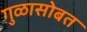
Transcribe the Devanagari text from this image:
गुळासोबत